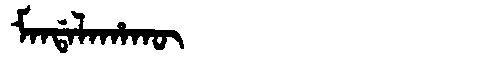
Manchu: ᠮᠠᠨᡩᠠᠯᠠᡥᠠᡴᡡ
Romanization: MANDALAHAKŪ